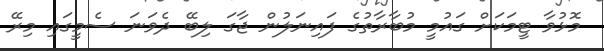
މޮޅުވާ ޓީމަކަށް ގައުމީ މުބާރާތުގެ ފައިނަލުން ޖާގަ ލިބޭ ދެވަނަ ސެމީގައި މިރޭ